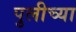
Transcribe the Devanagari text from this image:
पुलीच्या